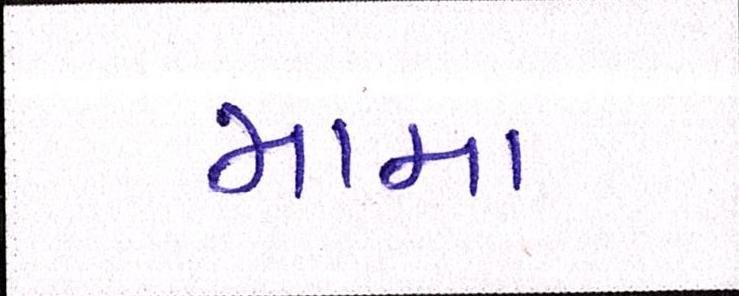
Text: મામા